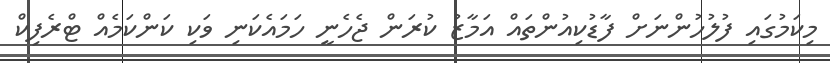
މިކަމުގައި ފުލުހުންނަށް ފާޑުކިއުންތައް އަމާޒު ކުރަން ޖެހެނީ ހަމައެކަނި ވަކި ކަންކަމެއް ޓްރެފިކް